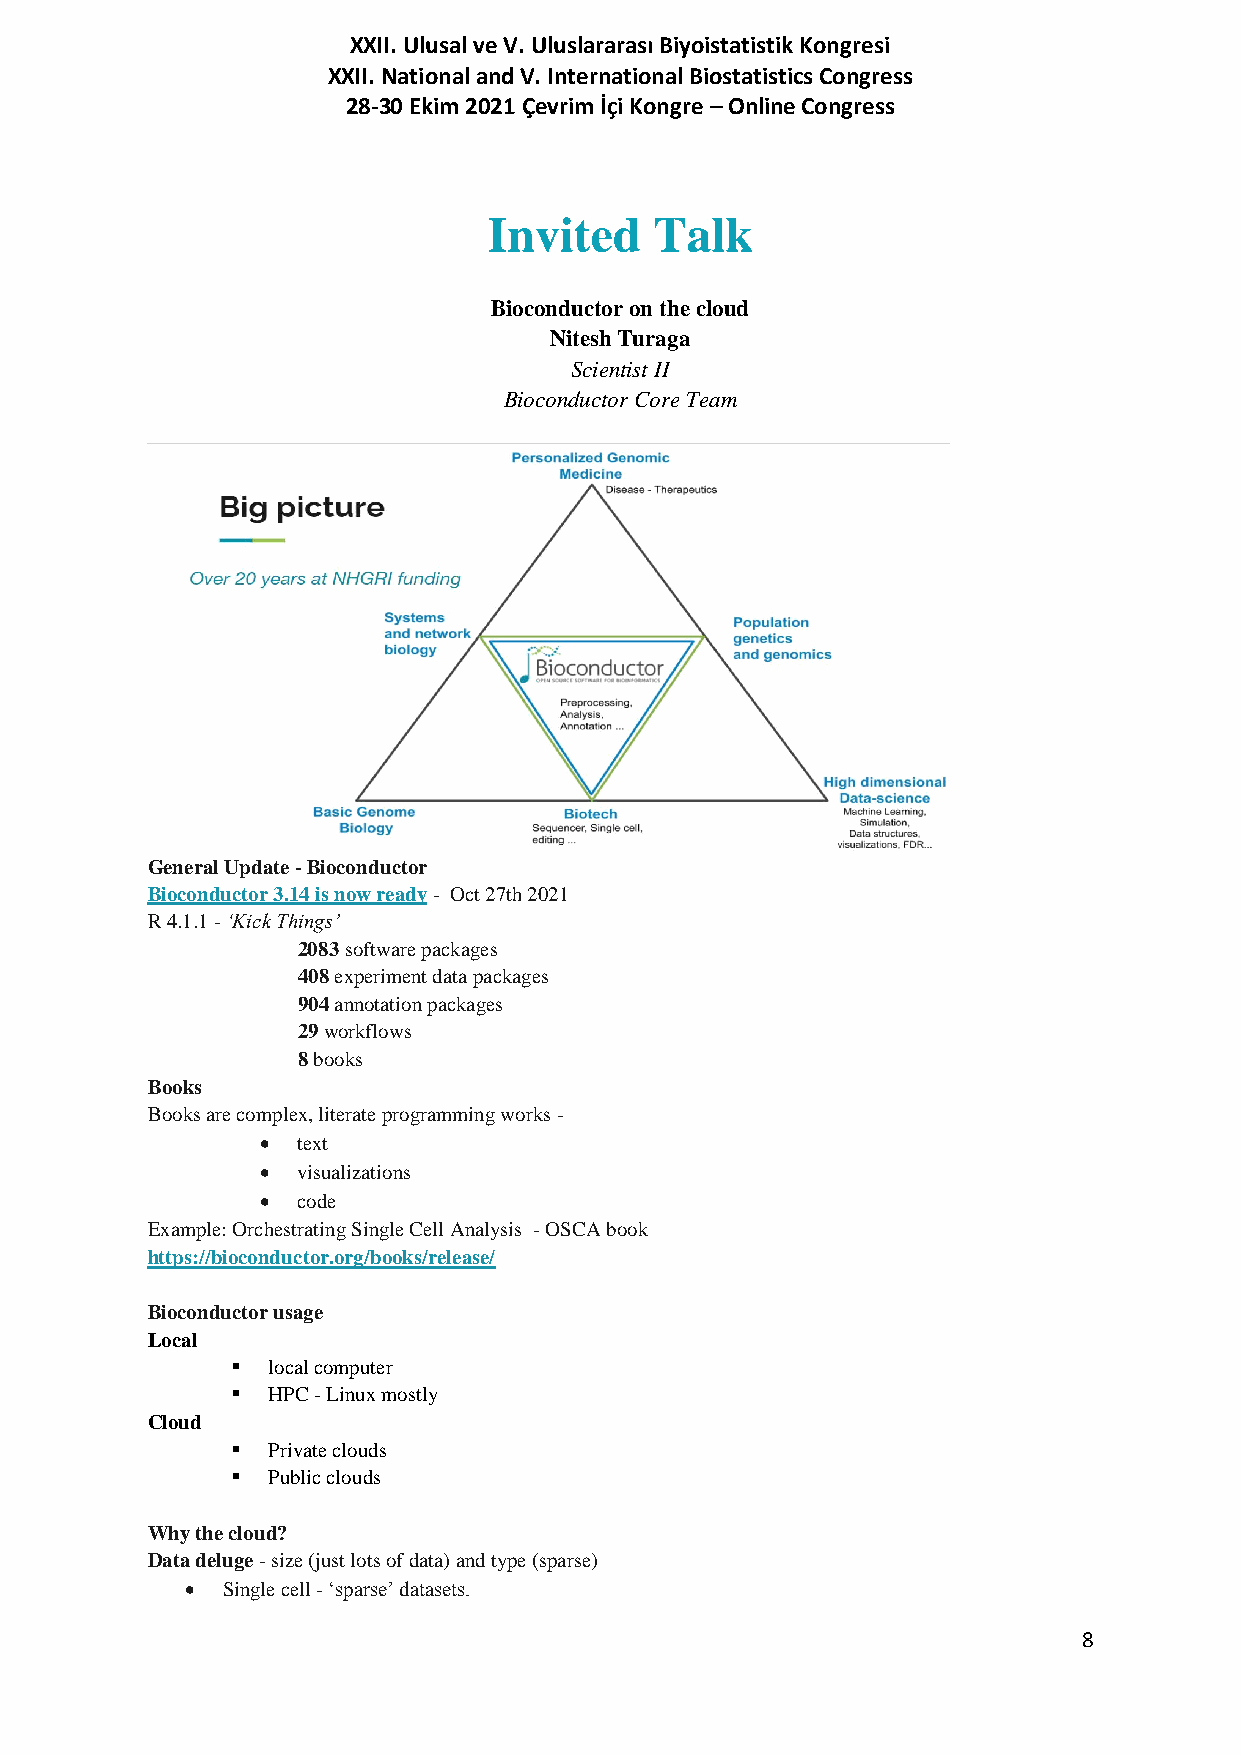
XXII. Ulusal ve V. Uluslararası Biyoistatistik Kongresi
 XXII. National and V. International Biostatistics Congress
 28-30 Ekim 2021 Çevrim İçi Kongre – Online Congress
 Invited    Talk
 Bioconductor on the cloud
 Nitesh Turaga
 Scientist II
 Bioconductor Core Team
 General Update - Bioconductor
 Bioconductor 3.14 is now ready - Oct 27th 2021
 R 4.1.1 - ‘Kick Things’
 2083 software packages
 408 experiment data packages
 904 annotation packages
 29 workflows
 8 books
 Books
 Books are complex, literate programming works -
   text
   visualizations
   code
 Example: Orchestrating Single Cell Analysis - OSCA book
 https://bioconductor.org/books/release/
 Bioconductor usage
 Local
   local computer
   HPC - Linux mostly
 Cloud
   Private clouds
   Public clouds
 Why the cloud?
 Data deluge - size (just lots of data) and type (sparse)
   Single cell - ‘sparse’ datasets.
 8